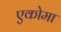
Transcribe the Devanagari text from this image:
एकोमा